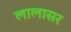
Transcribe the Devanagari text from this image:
लालासर